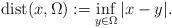
LaTeX: \begin{align*}\mathrm{dist}(x,\Omega):=\inf_{y \in \Omega} |x-y|.\end{align*}